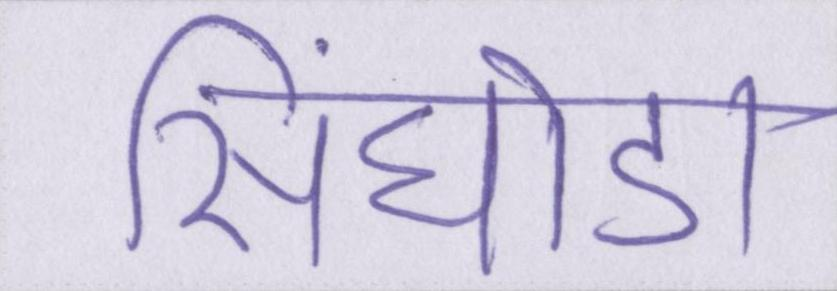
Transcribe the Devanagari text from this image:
सिंघोड़ा